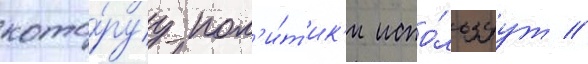
кото́руу пол'и́т'ик'и испо́льзуут /